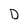
Character: D